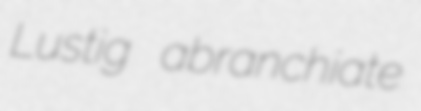
Lustig abranchiate